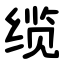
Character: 缆